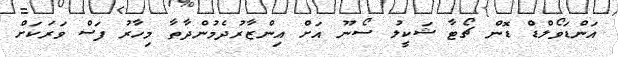
އަންޑަވޯލްޑް ޑޮން ޗޯޓާ ޝަކީލު ސޯނޫ އަށް އިންޒާރުދެމުންދާތާ މިހާރު ފަސް ވަރަކަށް